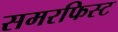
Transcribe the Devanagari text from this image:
समरफिस्ट